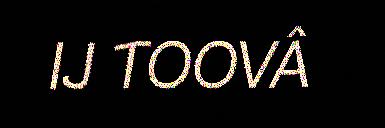
IJ TOOVÂ